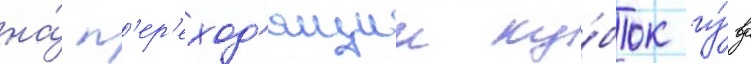
на́ п'ер'еход'ящии ку́бок гу́вд